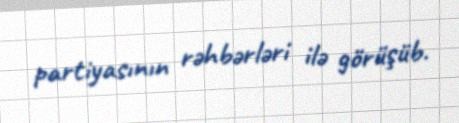
partiyasının rəhbərləri ilə görüşüb.